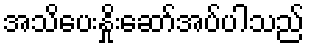
အသိပေးနှိုးဆော်အပ်ပါသည်